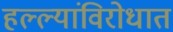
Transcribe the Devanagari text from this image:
हल्ल्यांविरोधात